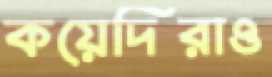
কয়েদিরাও